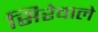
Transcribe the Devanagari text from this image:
सिरेवाले